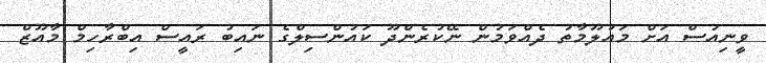
ވީނިއުސް އަށް މައުލޫމާތު ދެއްވަމުން ނޭކުރެންދޫ ކައުންސިލްގެ ނައިބު ރައީސް އިބްރާހިމް މާއޫޒް